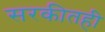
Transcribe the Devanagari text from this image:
सरकीतही